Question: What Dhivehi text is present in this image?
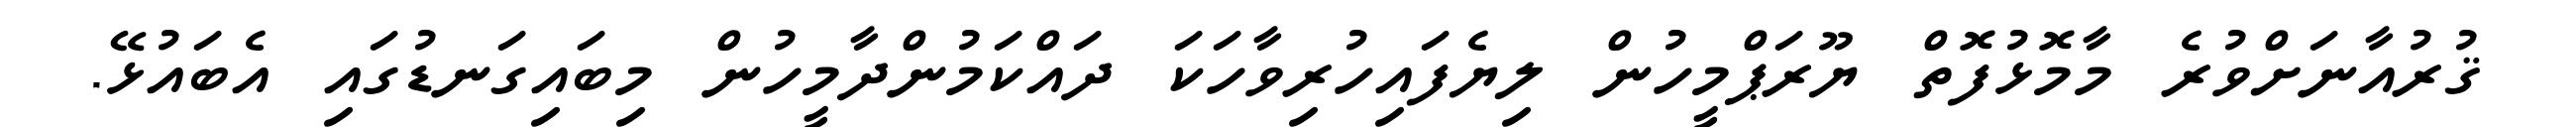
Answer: ޤުރުއާނަށްވުރެ މާމޮޅުފޮތް ޔޫރަޕްމީހުން ލިޔެފައިހުރިވާހަކަ ދައްކަމުންދާމީހުން މިބައިގަނޑުގައި އެބައުޅޭ.